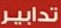
تدابير